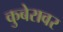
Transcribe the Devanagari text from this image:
कुबेरावर